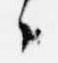
々